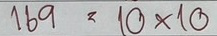
169 = 10x10